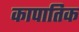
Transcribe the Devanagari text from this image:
कापातिक